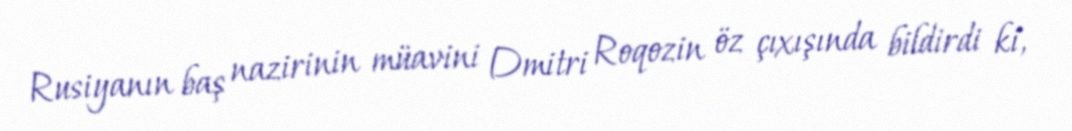
Rusiyanın baş nazirinin müavini Dmitri Roqozin öz çıxışında bildirdi ki,